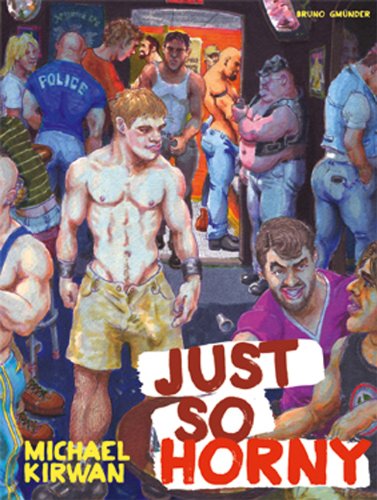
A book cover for Just So Horny; Michael Kirwan; Comics & Graphic Novels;